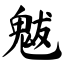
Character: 魃